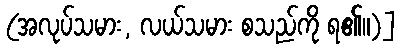
(အလုပ်သမား, လယ်သမား စသည်ကို ရ၏။)]